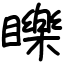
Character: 䁻